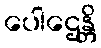
ပေါဌေန္တိ